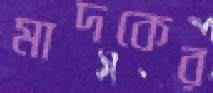
মাদকের